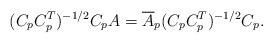
LaTeX: \begin{align*}(C_pC_p^T )^{-1/2}C_pA = \overline A_p(C_pC_p^T )^{-1/2}C_p. \end{align*}